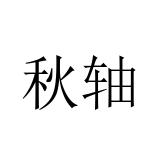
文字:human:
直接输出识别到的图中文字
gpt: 秋轴